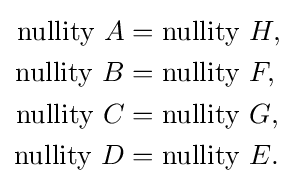
{\begin{aligned}\operatorname {nullity} \,A&=\operatorname {nullity} \,H,\\\operatorname {nullity} \,B&=\operatorname {nullity} \,F,\\\operatorname {nullity} \,C&=\operatorname {nullity} \,G,\\\operatorname {nullity} \,D&=\operatorname {nullity} \,E.\end{aligned}}